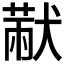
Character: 𤠨